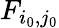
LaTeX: F_{i_{0},j_{0}}